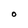
Character: O